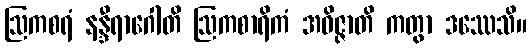
ဩကစရံ နန္ဒီရာဂေါတိ ဩကစာရိကံ အဝိဇ္ဇာတိ ကတွာ ဒဿေသိ။